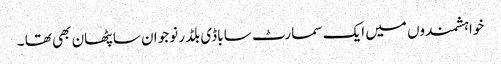
خواہشمندوں میں ایک سمارٹ سا باڈی بلڈر نوجوان سا پٹھان بھی تھا ۔